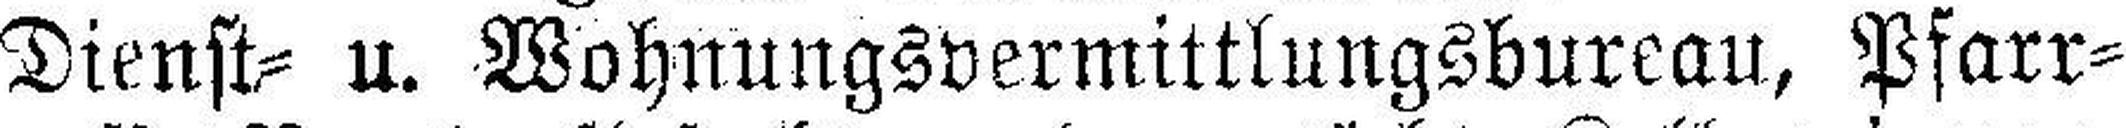
Dienst= u. Wohnungsvermittlungsbureau, Pfarr¬